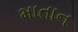
માતાન